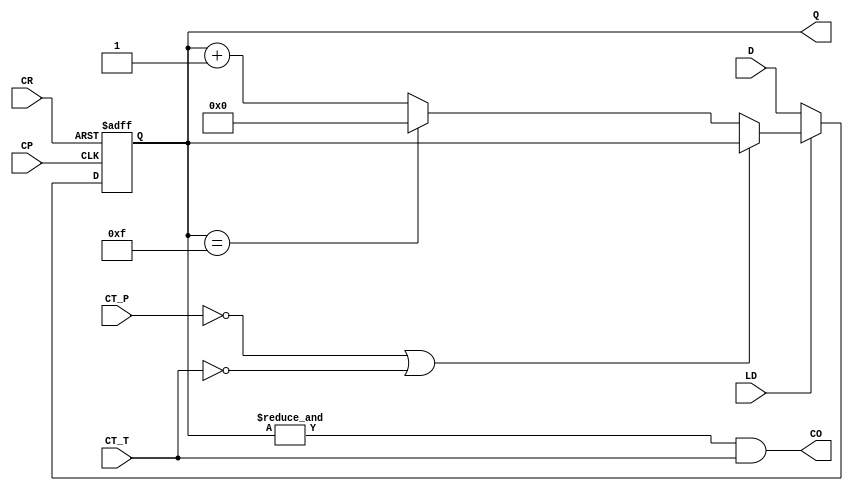
module M_74LS161(
    CR, LD, CT_P, CT_T, CP, D, Q, CO
);
    input wire CR;  // 0: async reset to zeros
    input wire LD;  // 0: sync load
    input wire CT_P;  // enable
    input wire CT_T;  // enable
    input wire CP;  // positive edge
    input wire [3:0] D;
    output reg [3:0] Q = 4'b0;
    output wire CO;

    assign CO = &Q & CT_T;  // reset indicator

    always @(posedge CP or negedge CR) begin
        if (CR == 0) begin
            Q <= 0;
        end
        else if (LD == 0) begin
            Q <= D;
        end
        else if (CT_P == 0 || CT_T == 0) begin
            Q <= Q;
        end
        else begin  // CT_P && CT_T
            if (Q == 4'hF) begin
                Q <= 0;
            end
            else begin
                Q <= Q + 1;
            end
        end
    end

endmodule